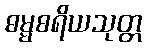
ဓမ္မစရိယသုတ္တ